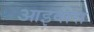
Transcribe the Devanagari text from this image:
आइवीस